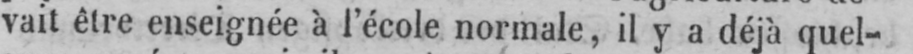
vait être enseignée à l’école normale, il y a déjà quel-